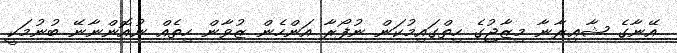
އޭނާގެ ޝާޢިރާނާ މިޒާޖުގެ ހިތްގައިމުކަން ނުފޯރާ އަންހެން ޒުވާން ހިތެއް ނުއޮންނާނޭ ބުނުމަކީ